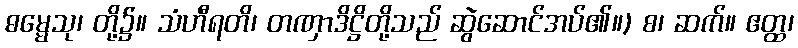
ဓမ္မေသု၊ တို့၌။ သံဟီရတိ၊ တဏှာဒိဋ္ဌိတို့သည် ဆွဲဆောင်အပ်၏။) စ၊ ဆက်။ ဧတ္ထ၊